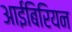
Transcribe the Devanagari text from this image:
आईबिरियन